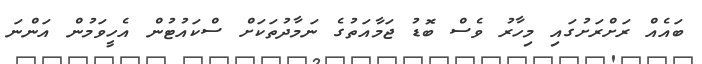
ބައެއް ރަށްރަށުގައި މިހާރު ވެސް ބޮޑު ޖަމާއަތުގެ ނަމާދުތަކަށް ސްކައުޓުން އެހީވަމުން އަންނަ